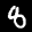
Label: 8